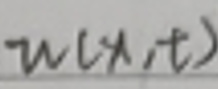
$w(x,t)$